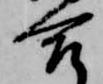
合